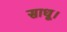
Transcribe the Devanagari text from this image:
साधू।